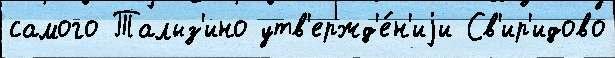
самого Талыз'ино утв'ержд'е́н'иjи Св'ир'идово